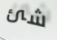
شئ